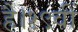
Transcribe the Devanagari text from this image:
है।१९वीं